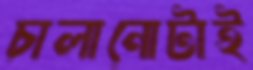
চালানোটাই